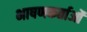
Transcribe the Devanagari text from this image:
भाषणकर्ताओं